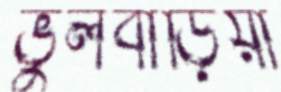
ভুলবাড়িয়া